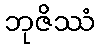
ဘုဇိဿံ